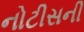
નોટીસની